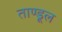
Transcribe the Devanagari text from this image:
ताण्डूल